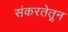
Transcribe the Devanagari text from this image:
संकरतेतून